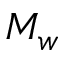
M _ { w }